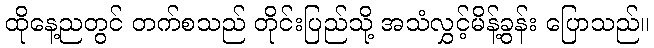
ထိုနေ့ညတွင် တက်စသည် တိုင်းပြည်သို့ အသံလွှင့်မိန့်ခွန်း ပြောသည်။